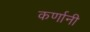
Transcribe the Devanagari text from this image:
कर्णानी